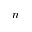
n